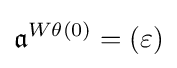
{\mathfrak {a}}^{W\theta (0)}=(\varepsilon )